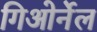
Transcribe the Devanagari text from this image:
गिओर्नेल